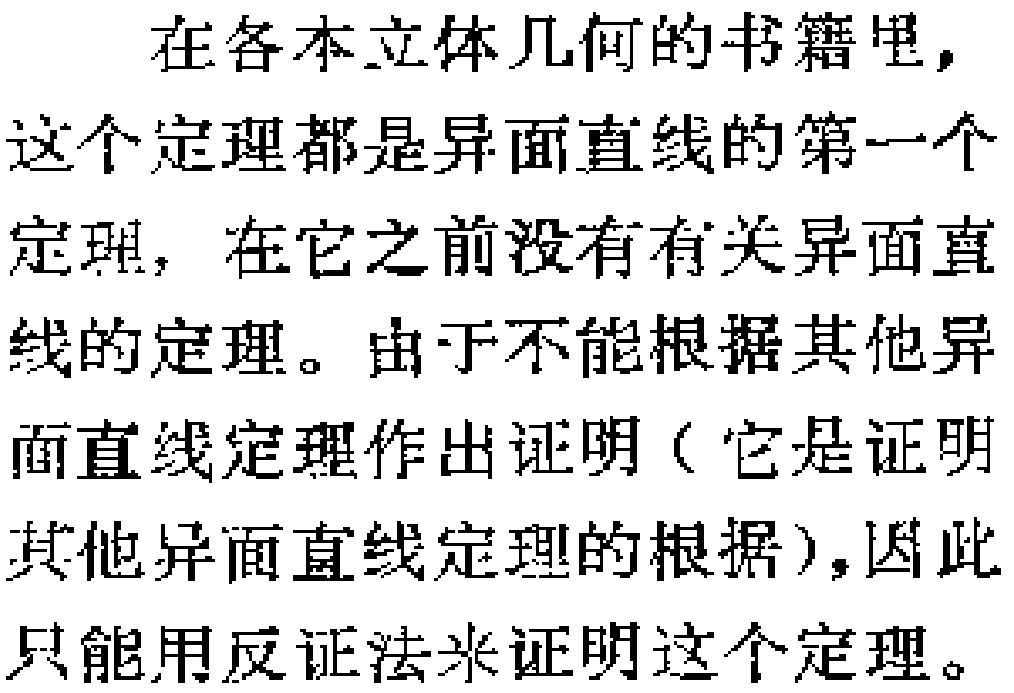
在各本立体几何的书籍里，这个定理都是异面直线的第一个定理，在它之前没有有关异面直线的定理。由于不能根据其他异面直线定理作出证明（它是证明其他异面直线定理的根据），因此只能用反证法来证明这个定理。